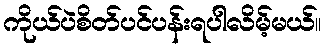
ကိုယ်ပဲစိတ်ပင်ပန်းရပါလိမ့်မယ်။